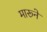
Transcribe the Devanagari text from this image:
मारूने